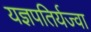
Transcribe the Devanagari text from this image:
यज्ञपतिर्यज्वा